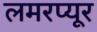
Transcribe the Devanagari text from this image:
लमरप्यूर